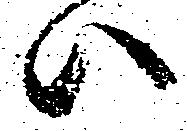
ハ